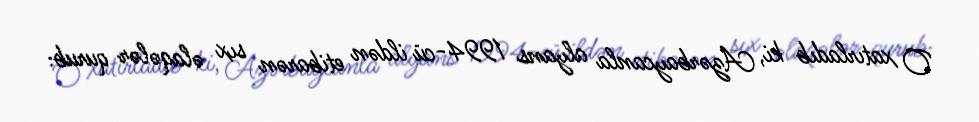
O xatırladıb ki, Azərbaycanla alyans 1994-cü ildən etibarən sıx əlaqələr qurub: